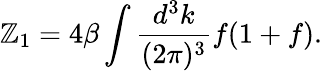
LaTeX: \mathbb{Z}_{1}=4\beta\int{\frac{{d^{3}k}}{{(2\pi)^{3}}}}f(1+f).